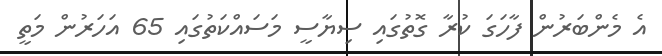
އެ މެންބަރުން ފާހަގަ ކުރާ ގޮތުގައި ސިޔާސީ މަސައްކަތުގައި 65 އަހަރުން މަތީ